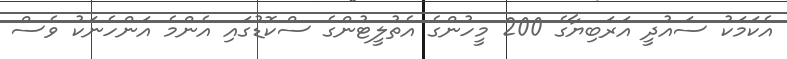
އެކަމަކު ސައުދީ އަރަބިޔާގެ 200 މީހުންގެ އެތުލީޓުންގެ ސްކޮޑުގައި އެންމެ އަންހެނަކު ވެސް